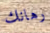
رهانك